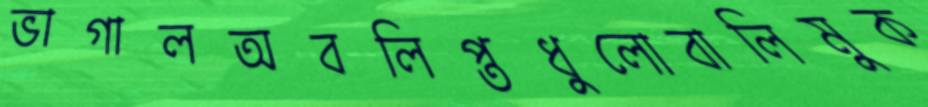
ভাগালঅবলিপ্তধুলোবালিমুক